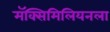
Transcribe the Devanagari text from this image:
मॅक्सिमिलियनला